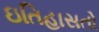
ઇતિહાસતો